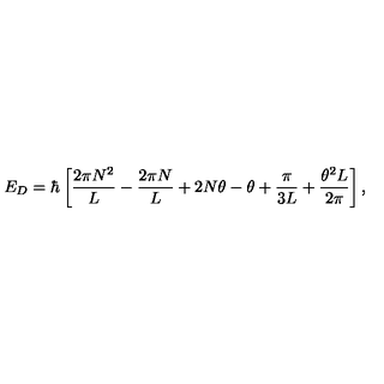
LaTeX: E _ { D } = \hbar \left[ { \frac { 2 \pi N ^ { 2 } } { L } } - { \frac { 2 \pi N } { L } } + 2 N \theta - \theta + { \frac { \pi } { 3 L } } + { \frac { \theta ^ { 2 } L } { 2 \pi } } \right] ,